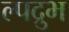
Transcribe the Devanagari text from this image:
ल्पद्रुभ